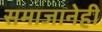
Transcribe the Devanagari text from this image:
समाजानेही